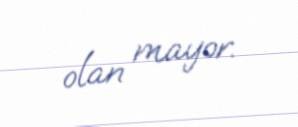
olan mayor.